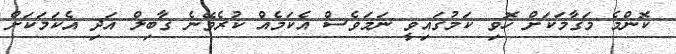
ކޮންމެ މަގާމަކަށް ހޮވި ކަމުގައިވީ ނަމަވެސް އެކަމެއް ކުރެވޭނެ ގާބިލް އަދި އެކަމަކަށް